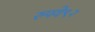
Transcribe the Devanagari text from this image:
रुपये९२